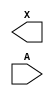
module sky130_fd_sc_hd__lpflow_lsbuf_lh_hl_isowell_tap (
    X,
    A
);

    output X;
    input  A;

    // Voltage supply signals
    wire    VPWRIN;
    supply1 VPWR  ;
    supply0 VGND  ;
    supply1 VPB   ;

endmodule